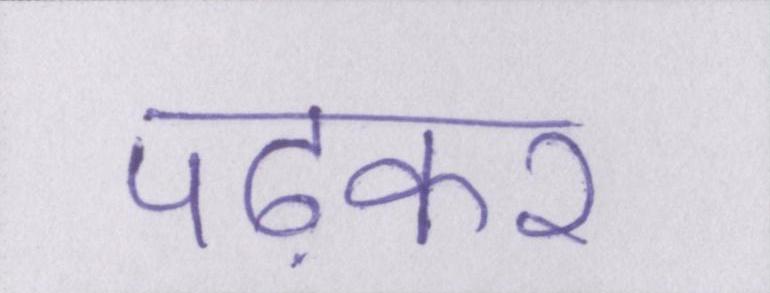
पढ़कर